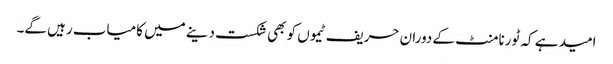
امید ہے کہ ٹورنامنٹ کے دوران حریف ٹیموں کو بھی شکست دینے میں کامیاب رہیں گے۔